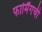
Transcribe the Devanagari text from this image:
फार्मिंगची